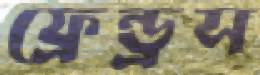
ফ্রেন্ড্রস